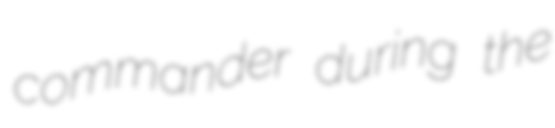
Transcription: commander during the